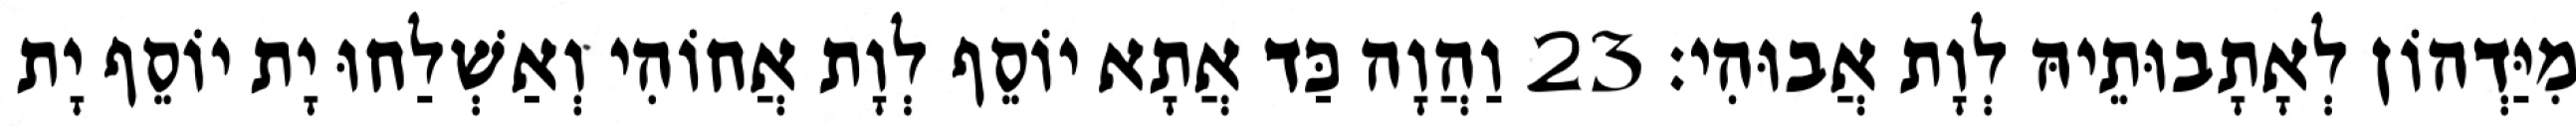
מִיַּדְהוֹן לְאָתָבוּתֵיהּ לְוָת אֲבוּהִי׃ 23 וַהֲוָה כַּד אֲתָא יוֹסֵף לְוָת אֲחוֹהִי וְאַשְׁלַחוּ יָת יוֹסֵף יָת